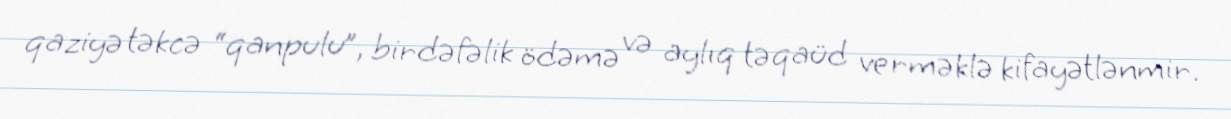
qaziyə təkcə “qanpulu”, birdəfəlik ödəmə və aylıq təqaüd verməklə kifayətlənmir.